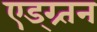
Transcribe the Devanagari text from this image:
एड्ग्र्तन